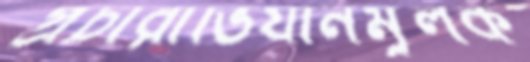
প্রচারাভিযানমূলক